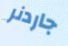
جاردنر